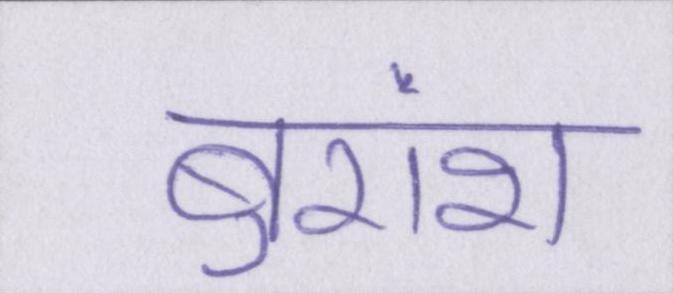
बुरांश